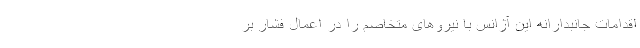
اقدامات جانبدارانه این آژانس با نیروهای متخاصم را در اعمال فشار بر